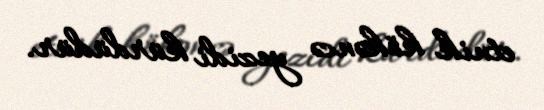
etnik kökəncə yezidi kürdüdür.